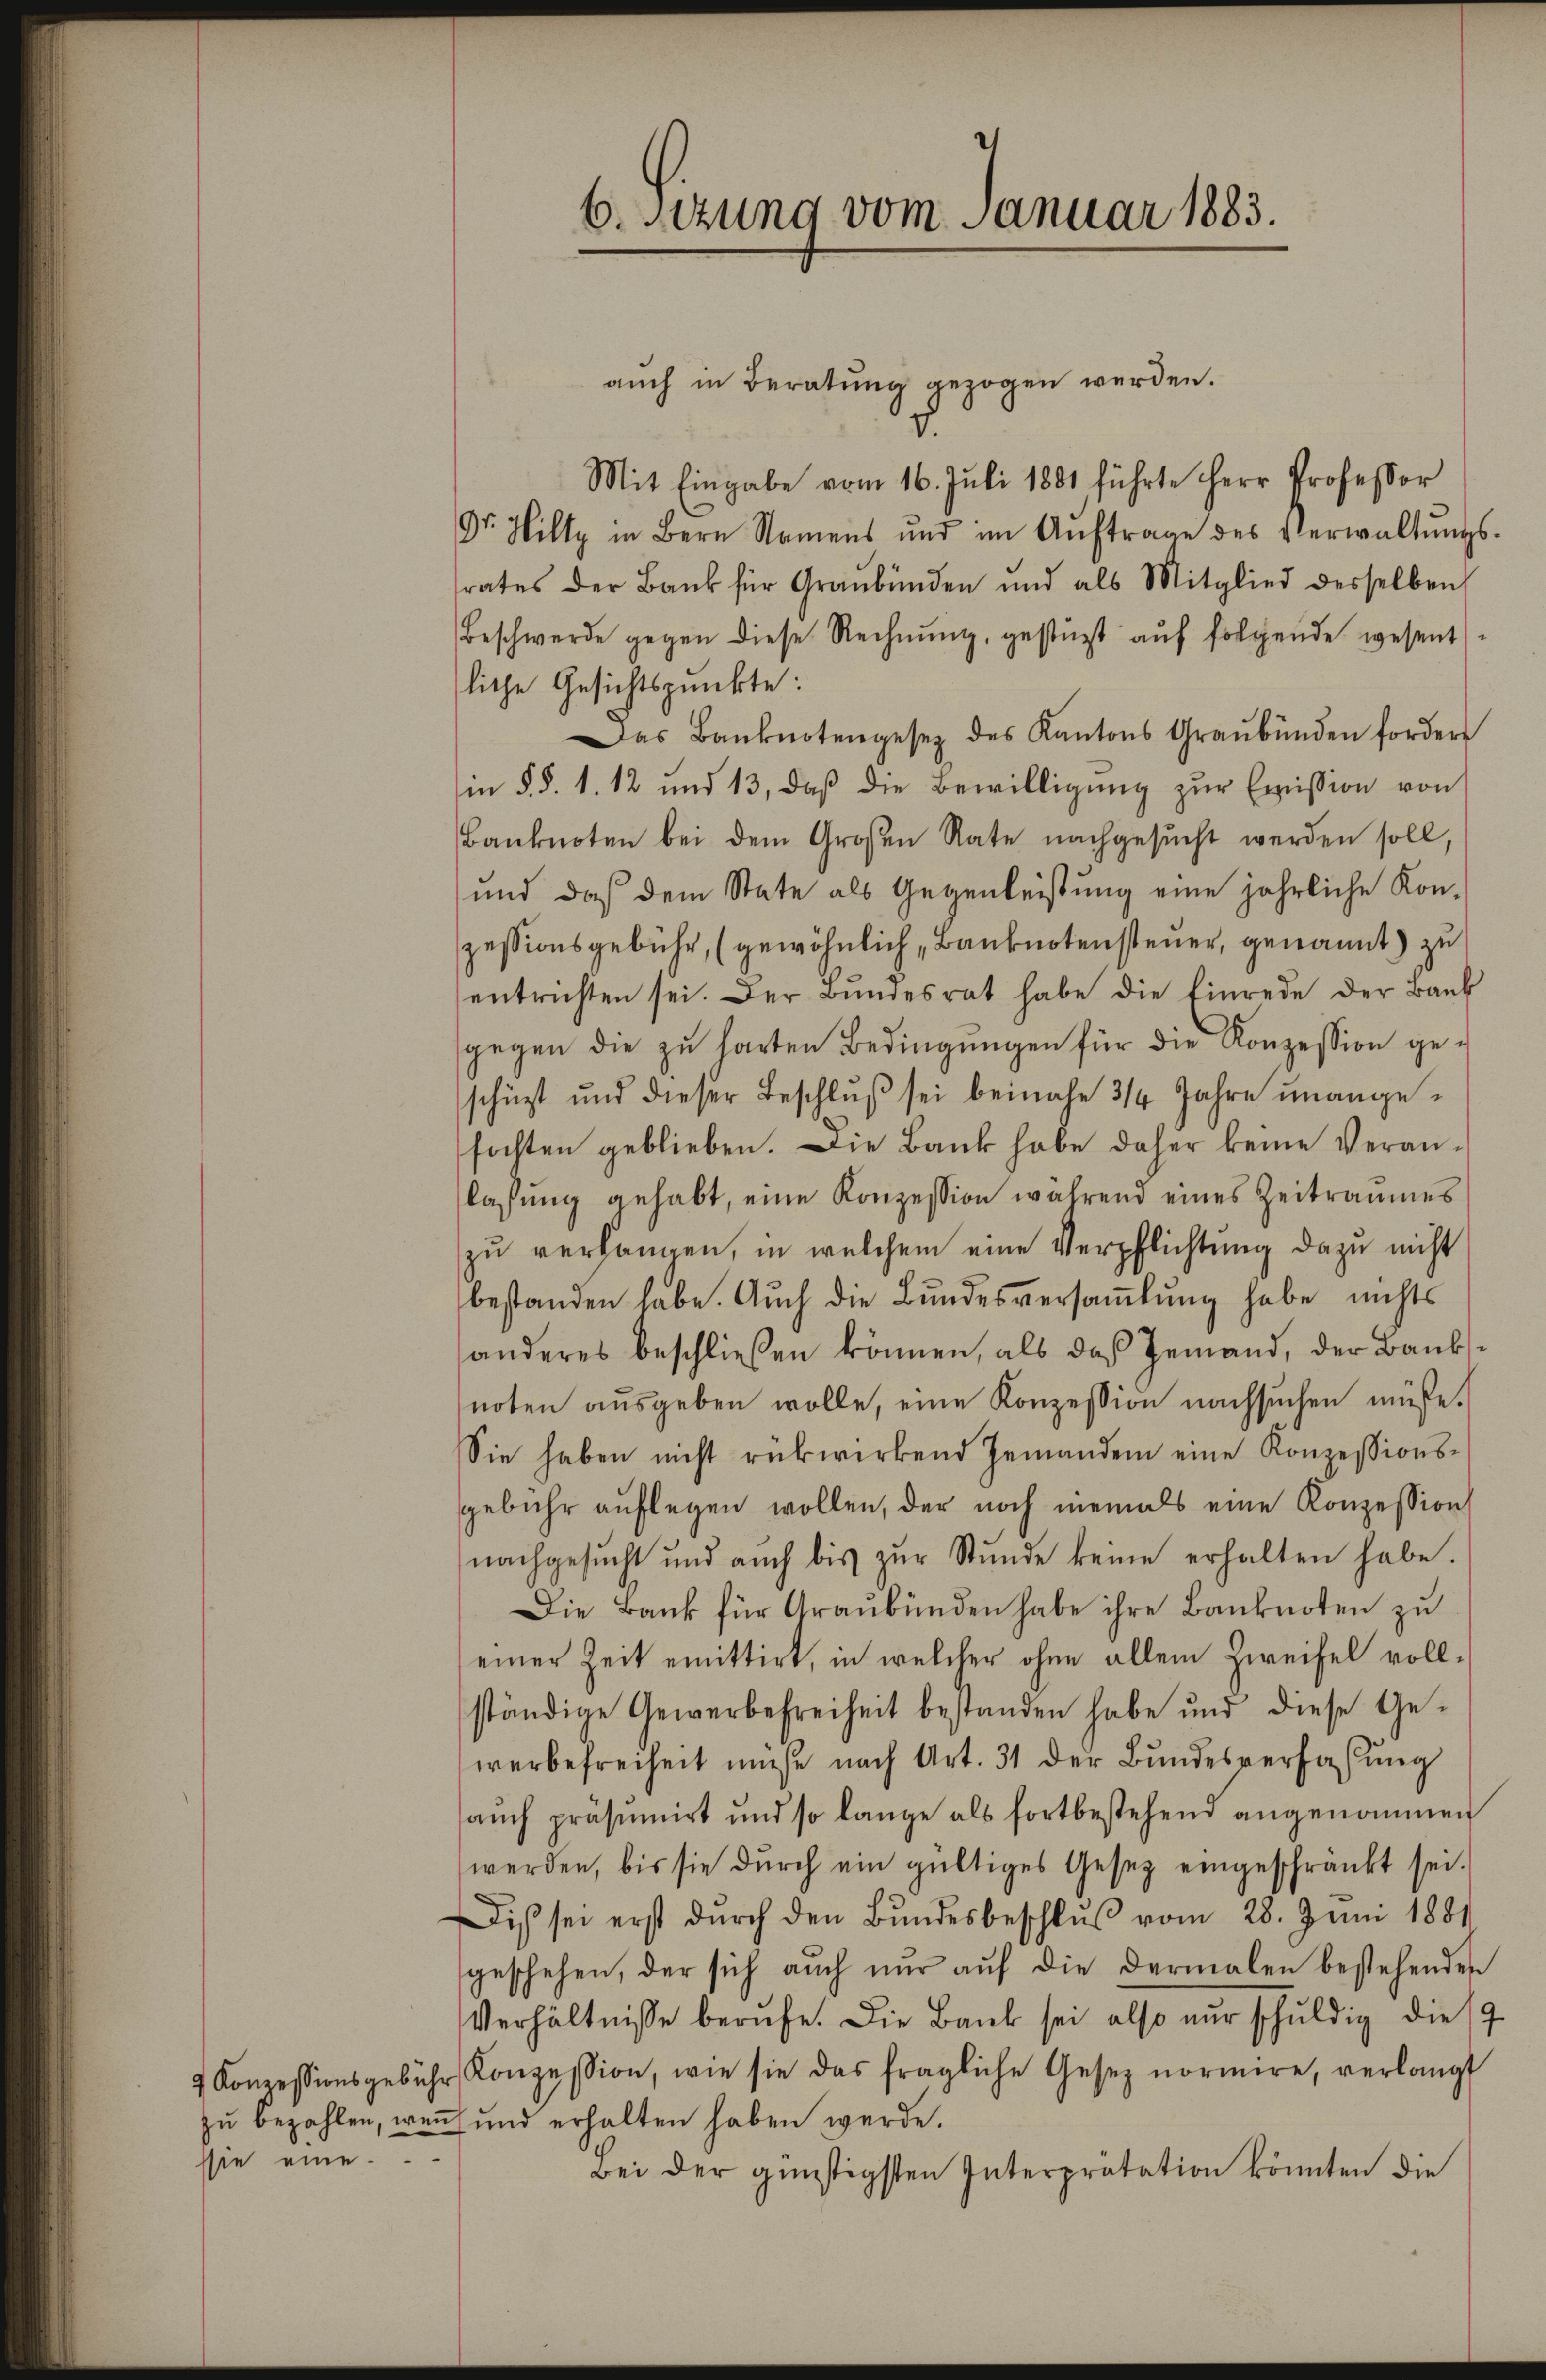
sie eine

6.sezung vom Januar 1883.

auch in Beratung gezogen werden.
Mit Eingabe vom 16. Juli 1881 führte Herr Professor
Dr. Hilty in Bern Namens und im Aŭftrage des Verwaltŭngs-
srates der Bank für Graubünden und als Mitglied desselben
Beschwerde gegen diese Rechnŭng, gestüzt aŭf folgende wesent
liche Gesichtspunkte:
Das Banknotengesetz des Kantons Graubünden fordere
in § §. 1. 12 und 13, daβ die Bewilligŭng zŭr Emission von
Banknoten bei dem Großen Rate nachgesŭcht werden soll,
und daß dem State als Gegenleistung eine jährliche Kon-
zessionsgebühr, (gewöhnlich, Banknotensteuer, genannt) zu
entrichten sei. Der Bŭndesrat habe die Einrede der Bank
gegen die zu harten Bedingŭngen für die Konzession geschüzt und dieser Beschluß sei beinahe 3/4 Jahre unangefochten geblieben. Die Bank habe daher keine Veranlassŭng gehabt, eine Konzession während eines Zeitraumes
zu verlangen, in welchem eine Verpflichtung dazu nicht
bestanden habe. Auch die Bundesversaṁlŭng habe nichts
anderes beschlieβen können, als daß Jemand, der Banksnoten ausgeben wolle, eine Konzession nachsuchen müße.
Sie haben nicht rükwirkend Jemanden eine Konzessionssgebühr auflegen wollen, der noch niemals eine Konzession
nachgesŭcht und auch bis zŭr Stŭnde keine erhalten habe.
Die Bank für Graubünden habe ihre Banknoten zu
einer Zeit emittirt, in welcher ohne allem Zweifel vollständige Gewerbefreiheit bestanden habe und diese Ge-
werbefreiheit müsse nach Art. 31 der Bundesverfaßung
aŭch präsumirt und so lange als fortbestehend angenommen
werden, bis sie durch ein gültiges Gesetz eingeschränkt sei.
Dis sei erst dŭrch den Bŭndesbeschlŭβ vom 28. Juni 1881
geschehen, der sich auch nur auf die dermalen bestehenden
Verhältnisse berufe. Die Bank sei also nur schuldig dies
& Konzessionsgebühr Konzession, wie sie das fragliche Gesetz normire, verlangt
zu bezahlen, wenn und erhalten haben werde.
Bei der günstigsten Interprätation könnten die